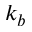
k _ { b }